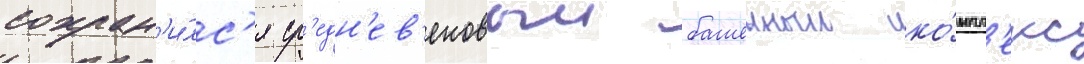
сохран'и́лс'я ср'едн'ев'ековыи башенныи ко́мпл'екс